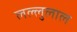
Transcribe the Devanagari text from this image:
लल्लुलाल